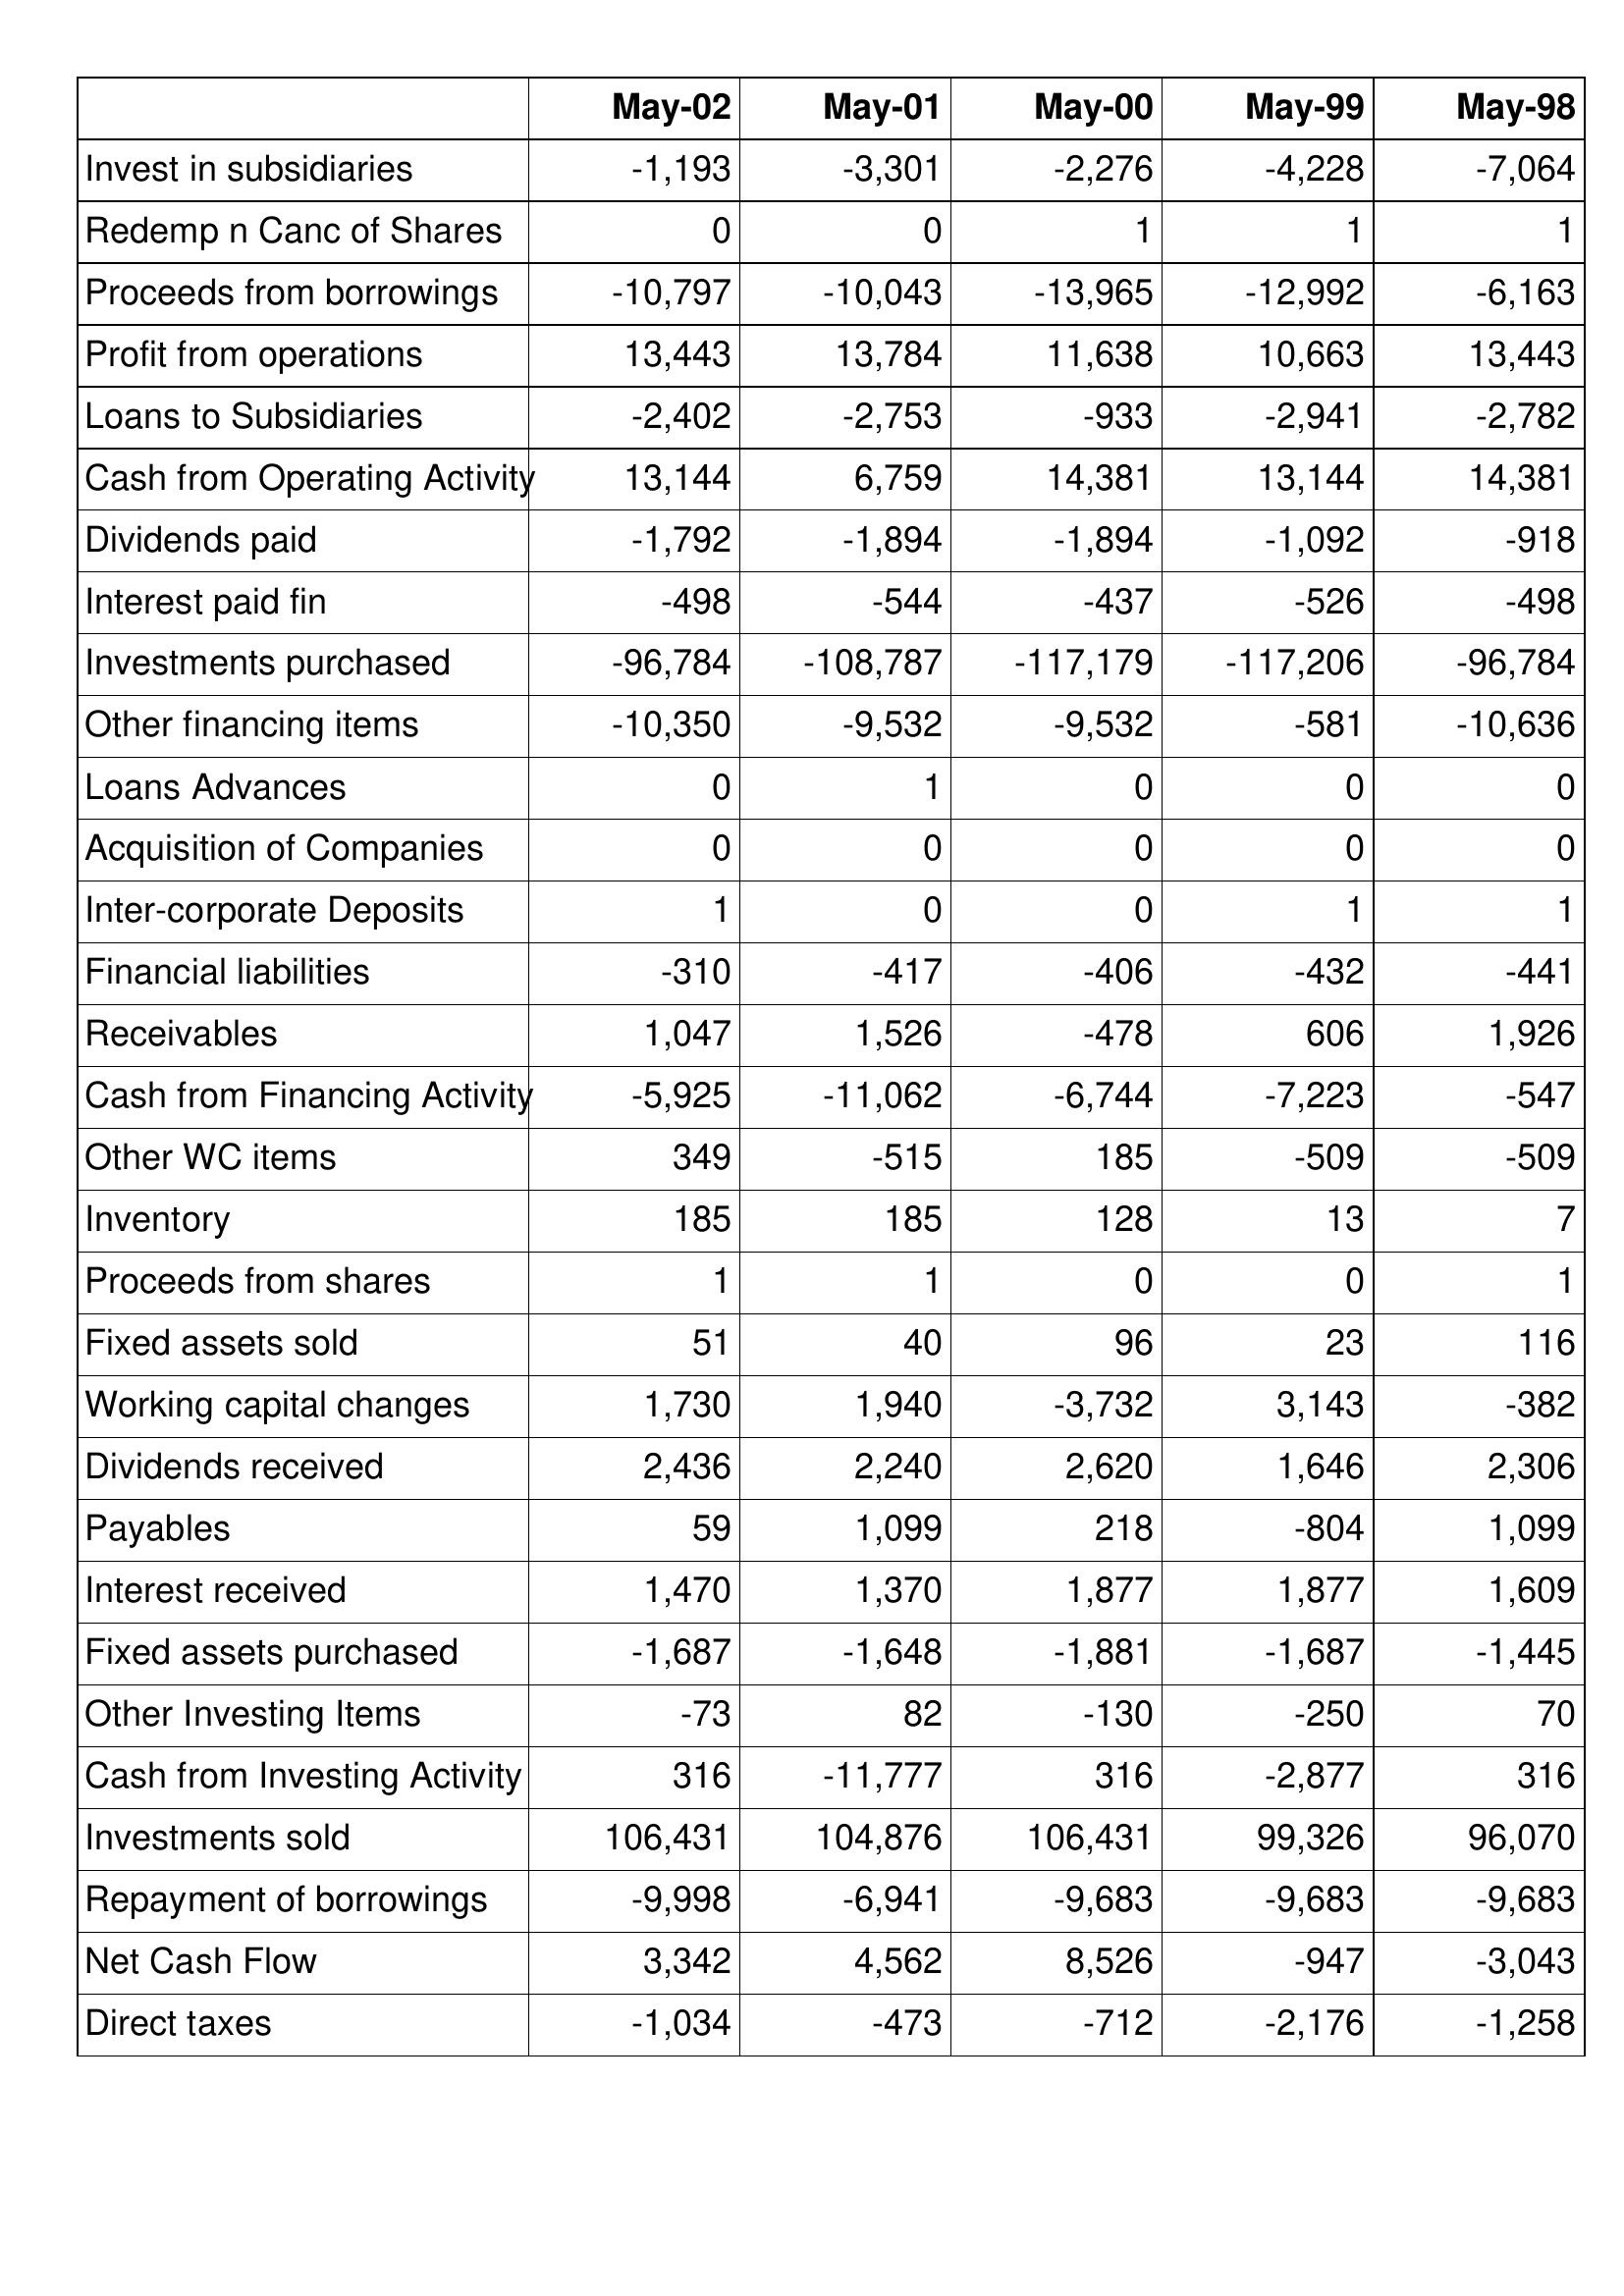
May-02: Cash Flows: Invest in subsidiaries: -1,193
Redemp n Canc of Shares: 0
Proceeds from borrowings: -10,797
Profit from operations: 13,443
Loans to Subsidiaries: -2,402
Cash from Operating Activity: 13,144
Dividends paid: -1,792
Interest paid fin: -498
Investments purchased: -96,784
Other financing items: -10,350
Loans Advances: 0
Acquisition of Companies: 0
Inter-corporate Deposits: 1
Financial liabilities: -310
Receivables: 1,047
Cash from Financing Activity: -5,925
Other WC items: 349
Inventory: 185
Proceeds from shares: 1
Fixed assets sold: 51
Working capital changes: 1,730
Dividends received: 2,436
Payables: 59
Interest received: 1,470
Fixed assets purchased: -1,687
Other Investing Items: -73
Cash from Investing Activity: 316
Investments sold: 106,431
Repayment of borrowings: -9,998
Net Cash Flow: 3,342
Direct taxes: -1,034
May-01: Cash Flows: Invest in subsidiaries: -3,301
Redemp n Canc of Shares: 0
Proceeds from borrowings: -10,043
Profit from operations: 13,784
Loans to Subsidiaries: -2,753
Cash from Operating Activity: 6,759
Dividends paid: -1,894
Interest paid fin: -544
Investments purchased: -108,787
Other financing items: -9,532
Loans Advances: 1
Acquisition of Companies: 0
Inter-corporate Deposits: 0
Financial liabilities: -417
Receivables: 1,526
Cash from Financing Activity: -11,062
Other WC items: -515
Inventory: 185
Proceeds from shares: 1
Fixed assets sold: 40
Working capital changes: 1,940
Dividends received: 2,240
Payables: 1,099
Interest received: 1,370
Fixed assets purchased: -1,648
Other Investing Items: 82
Cash from Investing Activity: -11,777
Investments sold: 104,876
Repayment of borrowings: -6,941
Net Cash Flow: 4,562
Direct taxes: -473
May-00: Cash Flows: Invest in subsidiaries: -2,276
Redemp n Canc of Shares: 1
Proceeds from borrowings: -13,965
Profit from operations: 11,638
Loans to Subsidiaries: -933
Cash from Operating Activity: 14,381
Dividends paid: -1,894
Interest paid fin: -437
Investments purchased: -117,179
Other financing items: -9,532
Loans Advances: 0
Acquisition of Companies: 0
Inter-corporate Deposits: 0
Financial liabilities: -406
Receivables: -478
Cash from Financing Activity: -6,744
Other WC items: 185
Inventory: 128
Proceeds from shares: 0
Fixed assets sold: 96
Working capital changes: -3,732
Dividends received: 2,620
Payables: 218
Interest received: 1,877
Fixed assets purchased: -1,881
Other Investing Items: -130
Cash from Investing Activity: 316
Investments sold: 106,431
Repayment of borrowings: -9,683
Net Cash Flow: 8,526
Direct taxes: -712
May-99: Cash Flows: Invest in subsidiaries: -4,228
Redemp n Canc of Shares: 1
Proceeds from borrowings: -12,992
Profit from operations: 10,663
Loans to Subsidiaries: -2,941
Cash from Operating Activity: 13,144
Dividends paid: -1,092
Interest paid fin: -526
Investments purchased: -117,206
Other financing items: -581
Loans Advances: 0
Acquisition of Companies: 0
Inter-corporate Deposits: 1
Financial liabilities: -432
Receivables: 606
Cash from Financing Activity: -7,223
Other WC items: -509
Inventory: 13
Proceeds from shares: 0
Fixed assets sold: 23
Working capital changes: 3,143
Dividends received: 1,646
Payables: -804
Interest received: 1,877
Fixed assets purchased: -1,687
Other Investing Items: -250
Cash from Investing Activity: -2,877
Investments sold: 99,326
Repayment of borrowings: -9,683
Net Cash Flow: -947
Direct taxes: -2,176
May-98: Cash Flows: Invest in subsidiaries: -7,064
Redemp n Canc of Shares: 1
Proceeds from borrowings: -6,163
Profit from operations: 13,443
Loans to Subsidiaries: -2,782
Cash from Operating Activity: 14,381
Dividends paid: -918
Interest paid fin: -498
Investments purchased: -96,784
Other financing items: -10,636
Loans Advances: 0
Acquisition of Companies: 0
Inter-corporate Deposits: 1
Financial liabilities: -441
Receivables: 1,926
Cash from Financing Activity: -547
Other WC items: -509
Inventory: 7
Proceeds from shares: 1
Fixed assets sold: 116
Working capital changes: -382
Dividends received: 2,306
Payables: 1,099
Interest received: 1,609
Fixed assets purchased: -1,445
Other Investing Items: 70
Cash from Investing Activity: 316
Investments sold: 96,070
Repayment of borrowings: -9,683
Net Cash Flow: -3,043
Direct taxes: -1,258